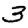
Digit: 3